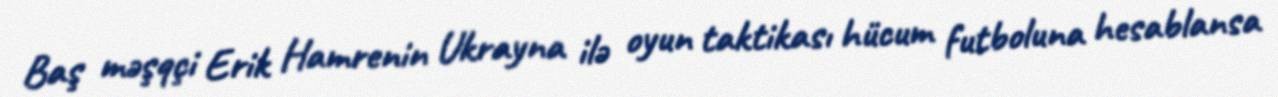
Baş məşqçi Erik Hamrenin Ukrayna ilə oyun taktikası hücum futboluna hesablansa